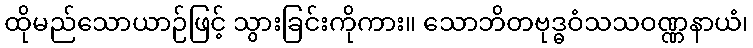
ထိုမည်သောယာဉ်ဖြင့် သွားခြင်းကိုကား။ သောဘိတဗုဒ္ဓဝံသသဝဏ္ဏနာယံ၊